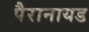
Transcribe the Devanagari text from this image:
पैरानायड